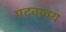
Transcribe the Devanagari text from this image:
पदवाक्य